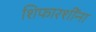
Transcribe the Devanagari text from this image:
शिफारशींना